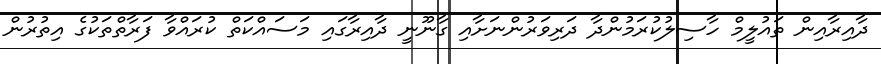
ދާއިރާއިން ތައުލީމް ހާސިލުކުރަމުންދާ ދަރިވަރުންނަށާއި ގާނޫނީ ދާއިރާގައި މަސައްކަތް ކުރައްވާ ފަރާތްތަކުގެ އިތުރުން